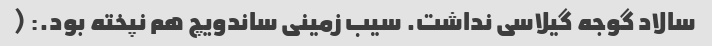
سالاد گوجه گیلاسی نداشت. سیب زمینی ساندویچ هم نپخته بود.: (